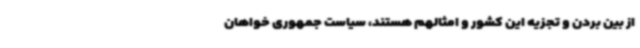
از بین بردن و تجزیه این کشور و امثالهم هستند، سیاست جمهوری خواهان